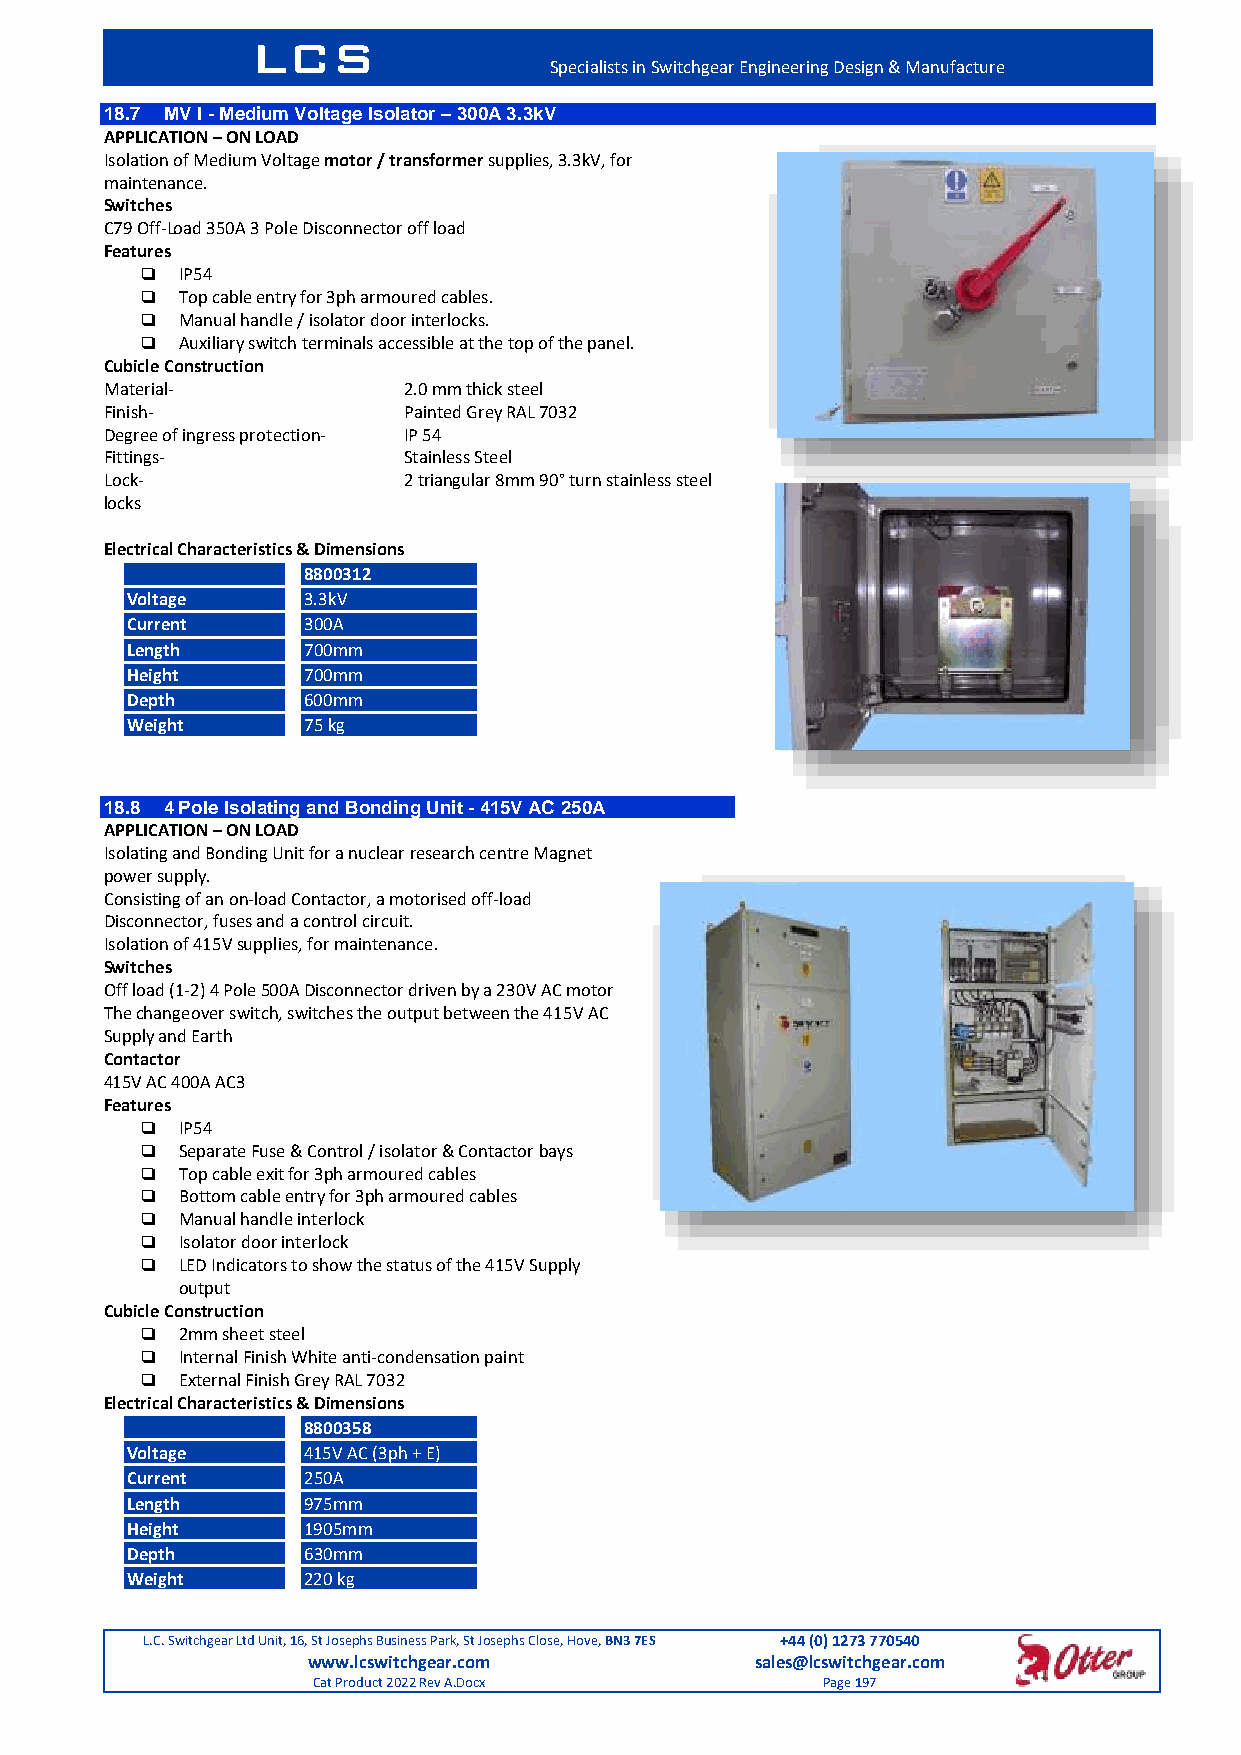
LCS
 Specialists in Switchgear Engineering Design & Manufacture
 18.7 MV I - Medium Voltage Isolator – 300A 3.3kV
 APPLICATION – ON LOAD
 Isolation of Medium Voltage motor / transformer supplies, 3.3kV, for
 maintenance.
 Switches
 C79 Off-Load 350A 3 Pole Disconnector off load
 Features
   IP54
   Top cable entry for 3ph armoured cables.
   Manual handle / isolator door interlocks.
   Auxiliary switch terminals accessible at the top of the panel.
 Cubicle Construction
 Material-           2.0 mm thick steel
 Finish-             Painted Grey RAL 7032
 Degree of ingress protection- IP 54
 Fittings-           Stainless Steel
 Lock-               2 triangular 8mm 90° turn stainless steel
 locks
 Electrical Characteristics & Dimensions
 8800312
 Voltage     3.3kV
 Current     300A
 Length      700mm
 Height      700mm
 Depth       600mm
 Weight      75 kg
 18.8 4 Pole Isolating and Bonding Unit - 415V AC 250A
 APPLICATION – ON LOAD
 Isolating and Bonding Unit for a nuclear research centre Magnet
 power supply.
 Consisting of an on-load Contactor, a motorised off-load
 Disconnector, fuses and a control circuit.
 Isolation of 415V supplies, for maintenance.
 Switches
 Off load (1-2) 4 Pole 500A Disconnector driven by a 230V AC motor
 The changeover switch, switches the output between the 415V AC
 Supply and Earth
 Contactor
 415V AC 400A AC3
 Features
   IP54
   Separate Fuse & Control / isolator & Contactor bays
   Top cable exit for 3ph armoured cables
   Bottom cable entry for 3ph armoured cables
   Manual handle interlock
   Isolator door interlock
   LED Indicators to show the status of the 415V Supply
 output
 Cubicle Construction
   2mm sheet steel
   Internal Finish White anti-condensation paint
   External Finish Grey RAL 7032
 Electrical Characteristics & Dimensions
 8800358
 Voltage     415V AC (3ph + E)
 Current     250A
 Length      975mm
 Height      1905mm
 Depth       630mm
 Weight      220 kg
 L.C. Switchgear Ltd Unit, 16, St Josephs Business Park, St Josephs Close, Hove, BN3 7ES +44 (0) 1273 770540
 www.lcswitchgear.com          sales@lcswitchgear.com
 Cat Product 2022 Rev A.Docx      Page 197